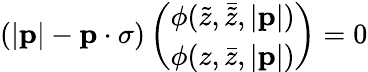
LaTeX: (|{\mathbf p}|-{\mathbf p}\cdot{\mathbf\sigma})\left(\begin{array}{c}{{\phi(\tilde{z},\bar{\tilde{z}},|{\mathbf p}|)}}\\ {{\phi(z,\bar{z},|{\mathbf p}|)}}\end{array}\right)=0